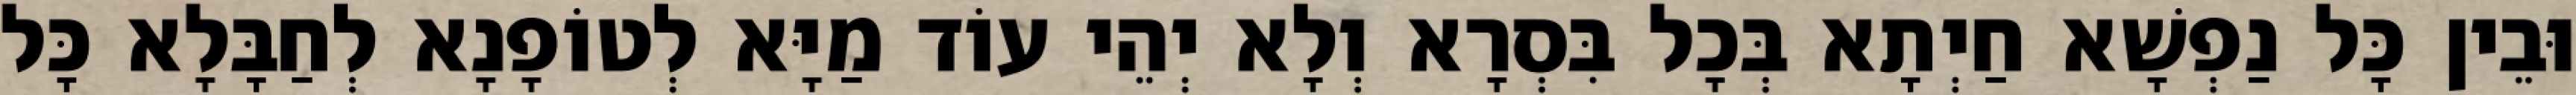
וּבֵין כָּל נַפְשָׁא חַיְתָא בְּכָל בִּסְרָא וְלָא יְהֵי עוֹד מַיָּא לְטוֹפָנָא לְחַבָּלָא כָּל